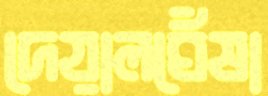
দেয়ালঘেঁষা